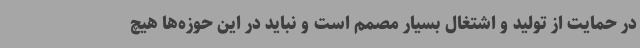
در حمایت از تولید و اشتغال بسیار مصمم است و نباید در این حوزه‌ها هیچ